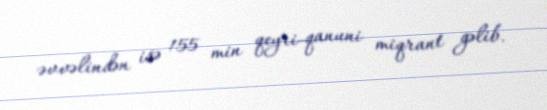
əvvəlindən isə 155 min qeyri-qanuni miqrant gəlib.